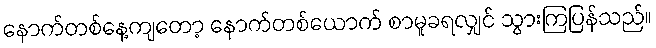
နောက်တစ်နေ့ကျတော့ နောက်တစ်ယောက် စာမူခရလျှင် သွားကြပြန်သည်။